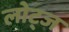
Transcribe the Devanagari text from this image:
लोट्ज